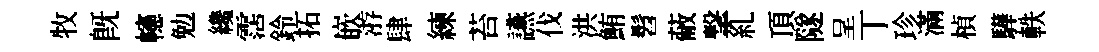
牧旣幰勉纔霑鈴拓嵌㳺肆練苔讌伐洪鮪髫蔽撃糺頂隧呈丁珍滿楨驊軼